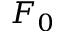
F _ { 0 }